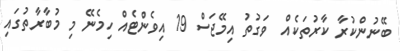
ބޭނުންކުރާ ކާރުތަކެއް  ވަގުތު އިމޭޖަސް 19 އިވެންޓެއް ހިމެނޭ މި މުބާރާތުގައި